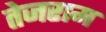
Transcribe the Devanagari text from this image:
तेजराम